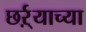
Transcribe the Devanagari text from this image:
छर्ऱ्याच्या